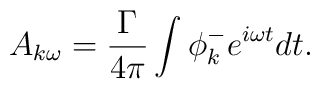
A_{k\omega}=\frac{\Gamma}{4\pi}\int \phi^-_ke^{i\omega t}dt.